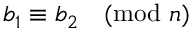
b _ { 1 } \equiv b _ { 2 } { \pmod { n } }